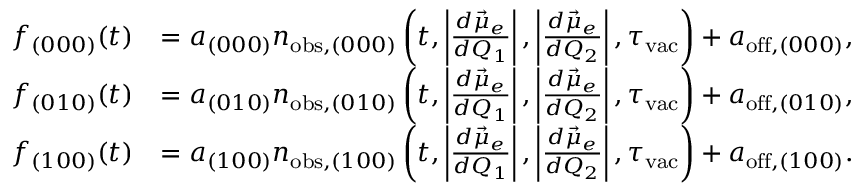
\begin{array} { r l } { f _ { ( 0 0 0 ) } ( t ) } & { = a _ { ( 0 0 0 ) } n _ { \mathrm { o b s } , ( 0 0 0 ) } \left( t , \left| \frac { d \vec { \mu } _ { e } } { d Q _ { 1 } } \right| , \left| \frac { d \vec { \mu } _ { e } } { d Q _ { 2 } } \right| , \tau _ { \mathrm { v a c } } \right) + a _ { \mathrm { o f f } , ( 0 0 0 ) } , } \\ { f _ { ( 0 1 0 ) } ( t ) } & { = a _ { ( 0 1 0 ) } n _ { \mathrm { o b s } , ( 0 1 0 ) } \left( t , \left| \frac { d \vec { \mu } _ { e } } { d Q _ { 1 } } \right| , \left| \frac { d \vec { \mu } _ { e } } { d Q _ { 2 } } \right| , \tau _ { \mathrm { v a c } } \right) + a _ { \mathrm { o f f } , ( 0 1 0 ) } , } \\ { f _ { ( 1 0 0 ) } ( t ) } & { = a _ { ( 1 0 0 ) } n _ { \mathrm { o b s } , ( 1 0 0 ) } \left( t , \left| \frac { d \vec { \mu } _ { e } } { d Q _ { 1 } } \right| , \left| \frac { d \vec { \mu } _ { e } } { d Q _ { 2 } } \right| , \tau _ { \mathrm { v a c } } \right) + a _ { \mathrm { o f f } , ( 1 0 0 ) } . } \end{array}